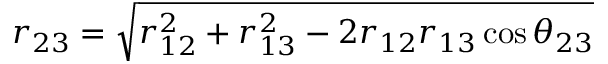
r _ { 2 3 } = \sqrt { r _ { 1 2 } ^ { 2 } + r _ { 1 3 } ^ { 2 } - 2 r _ { 1 2 } r _ { 1 3 } \cos \theta _ { 2 3 } }